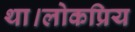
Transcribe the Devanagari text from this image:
था।लोकप्रिय